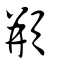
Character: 頩